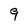
Character: 9